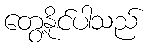
တွေ့နိုင်ပါသည်